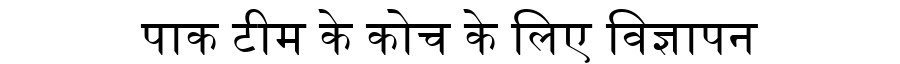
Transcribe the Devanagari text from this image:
पाक टीम के कोच के लिए विज्ञापन